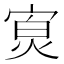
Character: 𪧖